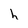
Character: h